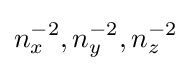
n_{x}^{-2},n_{y}^{-2},n_{z}^{-2}